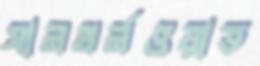
সানথর্নওয়াত